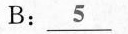
B:\underline{5}